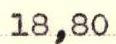
18,80